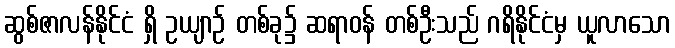
ဆွစ်ဇာလန်နိုင်ငံ ရှိ ဥယျာဉ် တစ်ခု၌ ဆရာဝန် တစ်ဦးသည် ဂရိနိုင်ငံမှ ယူလာသော